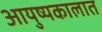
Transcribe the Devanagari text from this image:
आयुष्यकालात